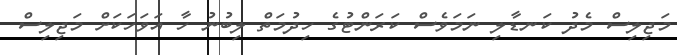
މަޖިލިސް މެދު ކަނޑާލި ނަމަވެސް ކަރަންޓުގެ ހިދުމަތް ލިބުނު ހާ އަވަހަކަށް މަޖިލިސް